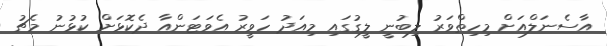
އާސެނަލްއަށް މިހިތްވަރު ލިބުނީ ލީގުގައި މިއަދު ހަވީރު އެވަޓަންއާ ދެކޮޅަށް ކުޅުނު މެޗު